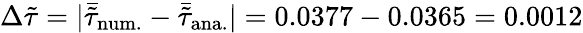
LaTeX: \Delta\tilde{\tau}=|\bar{\tilde{\tau}}_{\mathrm{num.}}-\bar{\tilde{\tau}}_{\mathrm{ana.}}|=0.0377-0.0365=0.0012